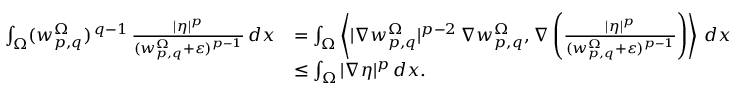
\begin{array} { r l } { \int _ { \Omega } ( w _ { p , q } ^ { \Omega } ) ^ { \, q - 1 } \, \frac { | \eta | ^ { p } } { ( w _ { p , q } ^ { \Omega } + \varepsilon ) ^ { p - 1 } } \, d x } & { = \int _ { \Omega } \left\langle | \nabla w _ { p , q } ^ { \Omega } | ^ { p - 2 } \, \nabla w _ { p , q } ^ { \Omega } , \nabla \left( \frac { | \eta | ^ { p } } { ( w _ { p , q } ^ { \Omega } + \varepsilon ) ^ { p - 1 } } \right) \right\rangle \, d x } \\ & { \le \int _ { \Omega } | \nabla \eta | ^ { p } \, d x . } \end{array}